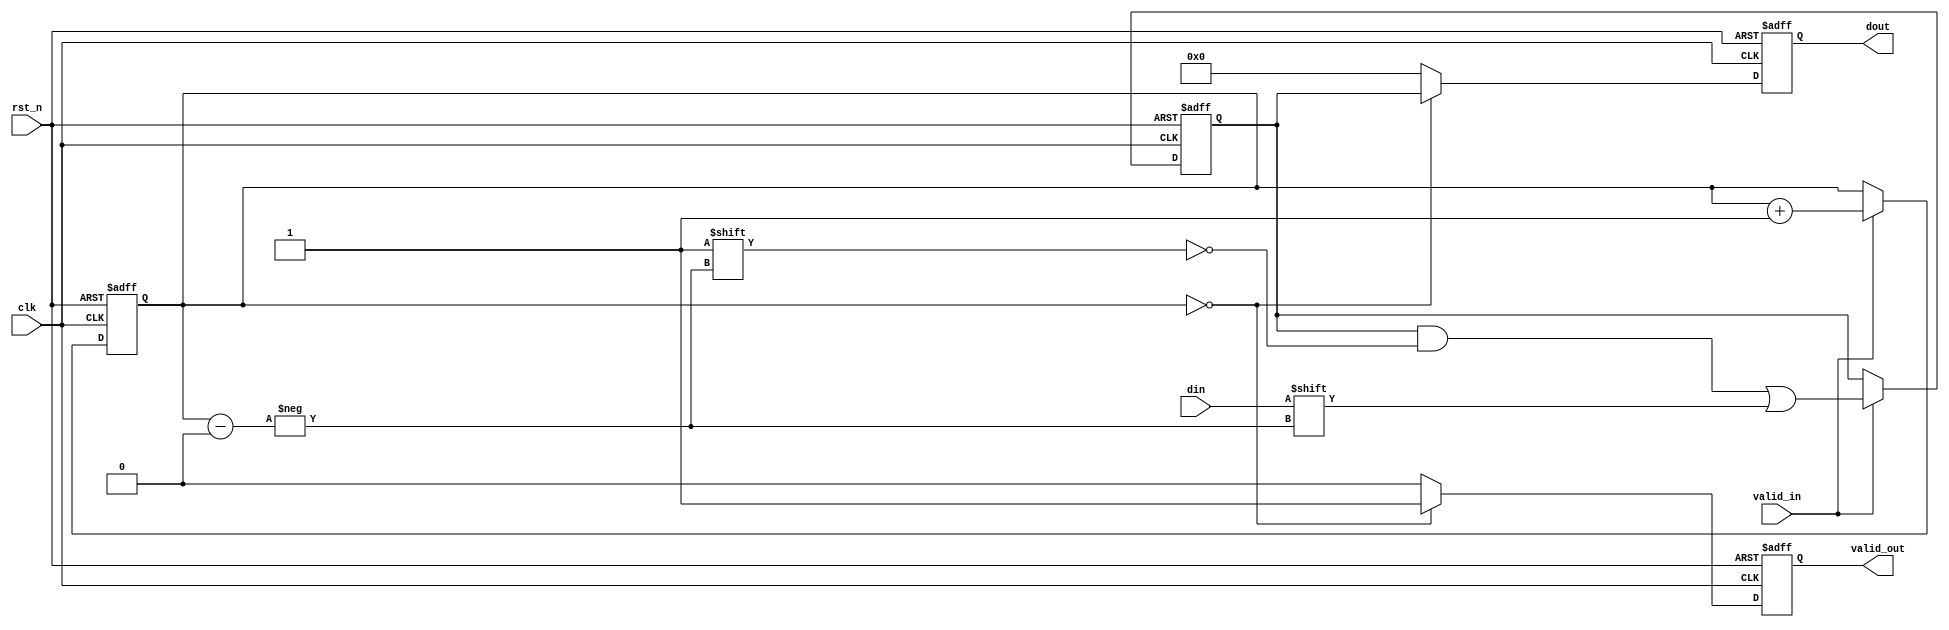
// one bit serial number change to four bits para

module test_seri_para(clk,rst_n,din,valid_in,dout,valid_out);
	input clk;
	input rst_n;
	input din;
	input valid_in;
	output reg [3:0] dout;
	output reg valid_out;

	reg [1:0] cnt;
	reg [3:0] temp;

	always @(posedge clk or negedge rst_n)
		begin
			if(!rst_n)
				begin
					cnt<=2'd0;
					temp<=4'd0;
				end
			else
				begin
					if(valid_in)
						begin
							temp[cnt]<=din;
							cnt<=cnt+1'b1;
						end
					else
						begin
							temp<=temp;	
							cnt<=cnt;
						end
				end
		end

	always @(posedge clk or negedge rst_n)
		begin
			if(!rst_n)
				begin
					dout<=4'd0;
					valid_out<=1'b0;
				end
			else
				begin
					if(cnt==2'd0)
						begin
							dout<=temp;
							valid_out<=1'b1;
						end
					else
						begin
							dout<=4'd0;
							valid_out<=1'b0;
						end
				end
		end
endmodule